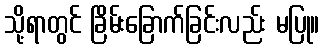
သို့ရာတွင် ခြိမ်းခြောက်ခြင်းလည်း မပြု။